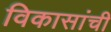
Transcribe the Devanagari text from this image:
विकासांची